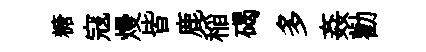
糖寇熳皆鹿稲碣多姦勸